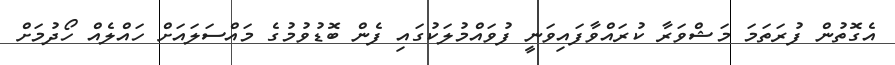
އެގޮތުން ފުރަތަމަ މަޝްވަރާ ކުރައްވާފައިވަނީ ފުވައްމުލަކުގައި ފެން ބޮޑުވުމުގެ މައްސަލައަށް ހައްލެއް ހޯދުމަށް